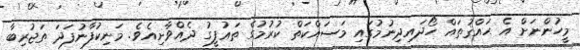
މީހުންނަށް އެ ޙައްޤުތައް ހޯދައިދިނުމުގައި މަސައްކަތް ކުރުމުގެ ތަޢުފީގު ދެއްވާށިއެވެ. މަނިކުފާނުފަދަ ތަޖުރިބާ